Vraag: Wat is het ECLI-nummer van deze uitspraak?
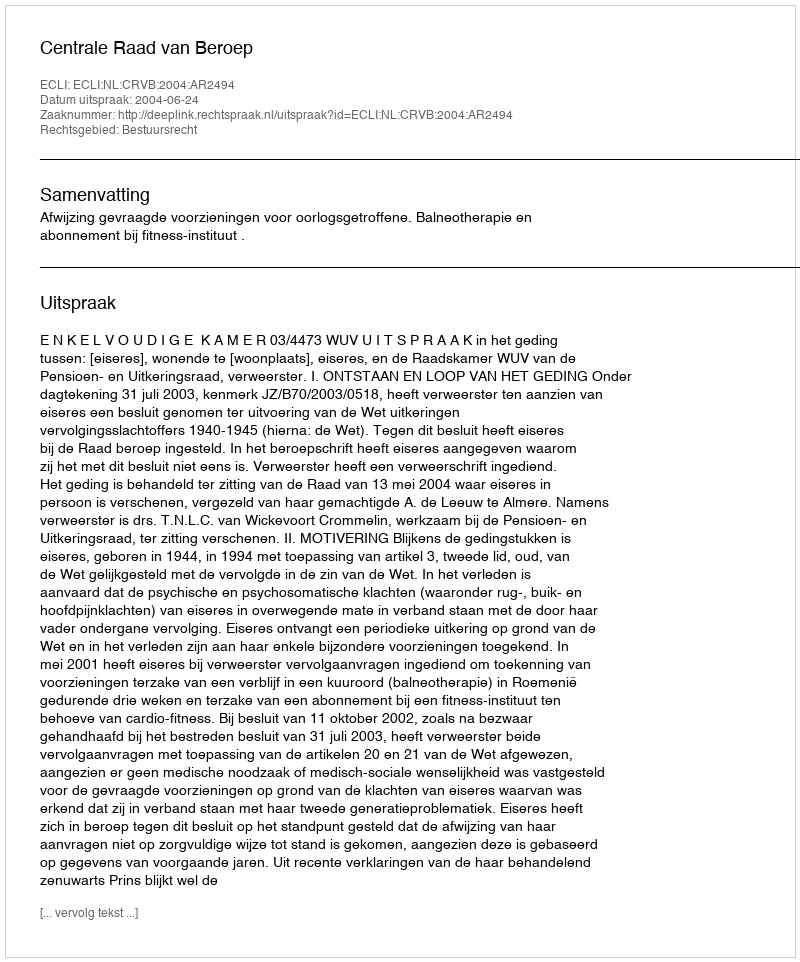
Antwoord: ECLI:NL:CRVB:2004:AR2494